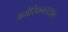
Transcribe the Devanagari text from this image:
अमेरिकनस्टाइल